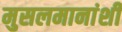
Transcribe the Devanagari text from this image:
मुसलमानांशी